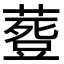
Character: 𮐾